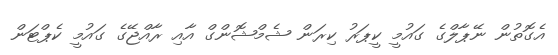
އެގޮތުން ނޭޕާލްގެ ގައުމީ ކީޕަރު ކިރަން ޝެމްޝޮންގް އާއި ރާއްޖޭގެ ގައުމީ ކެޕްޓަން